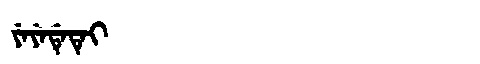
Manchu: ᠶᡝᠶᡝᡩᡝᡨᡝᡳ
Romanization: YEYEDETEI